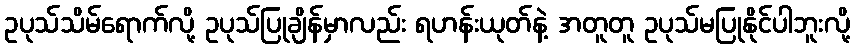
ဥပုသ်သိမ်ရောက်လို့ ဥပုသ်ပြုချိန်မှာလည်း ရဟန်းယုတ်နဲ့ အတူတူ ဥပုသ်မပြုနိုင်ပါဘူးလို့